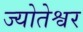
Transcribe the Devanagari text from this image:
ज्योतेश्वर